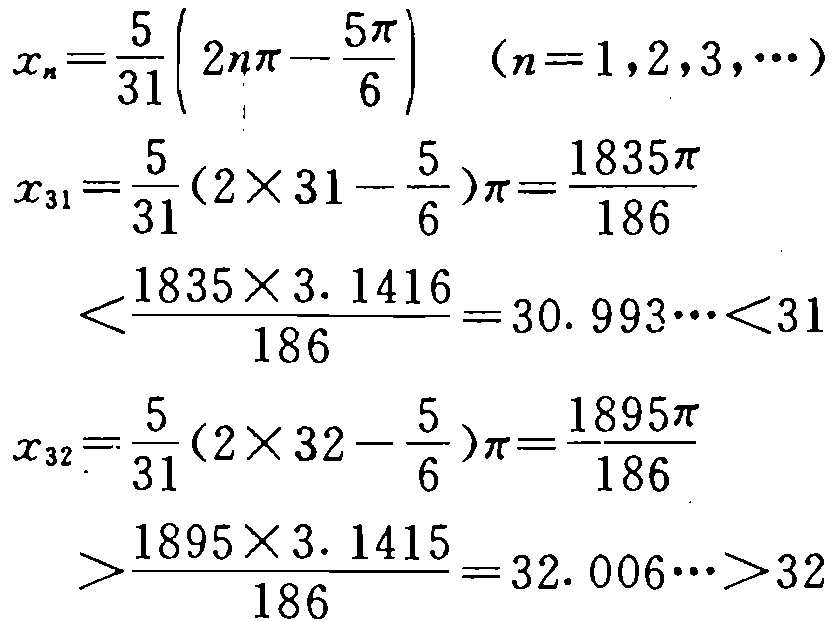
\[

\begin{align*}

x_{n}&=\frac{5}{31}\left(2n\pi-\frac{5\pi}{6}\right)\quad(n = 1,2,3,\cdots)\\

x_{31}&=\frac{5}{31}\left(2\times31 - \frac{5}{6}\right)\pi=\frac{1835\pi}{186}\\

&<\frac{1835\times3.1416}{186}=30.993\cdots<31\\

x_{32}&=\frac{5}{31}\left(2\times32 - \frac{5}{6}\right)\pi=\frac{1895\pi}{186}\\

&>\frac{1895\times3.1415}{186}=32.006\cdots>32

\end{align*}

\]